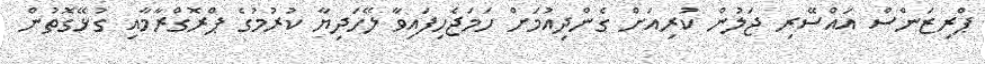
ޕްރިޒަންސް އައްސޭރި ޖަލުން ކުރިއަށް ގެންދިއުމަށް ހަމަޖެހިފައިވާ ލޭހަދިޔާ ކުރުމުގެ ޕްރޮގްރާމާއި ގުޅޭގޮތުން